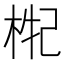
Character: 𣒤